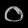
Digit: ၀